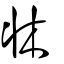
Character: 牀